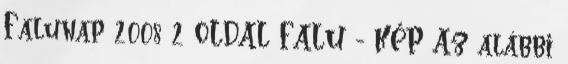
Falunap 2008 2 OLDAL FALU - KÉP Az alábbi